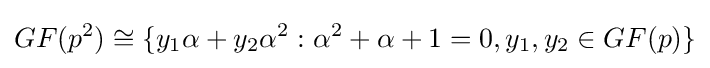
GF(p^{2})\cong \{y_{1}\alpha +y_{2}\alpha ^{2}:\alpha ^{2}+\alpha +1=0,y_{1},y_{2}\in GF(p)\}